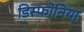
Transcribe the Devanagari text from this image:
डिस्फोनिया